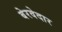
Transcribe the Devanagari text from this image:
बेरवेदार